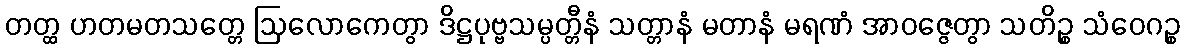
တတ္ထ ဟတမတသတ္တေ ဩလောကေတွာ ဒိဋ္ဌပုဗ္ဗသမ္ပတ္တီနံ သတ္တာနံ မတာနံ မရဏံ အာဝဇ္ဇေတွာ သတိဉ္စ သံဝေဂဉ္စ